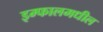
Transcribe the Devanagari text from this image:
इम्फालमधील